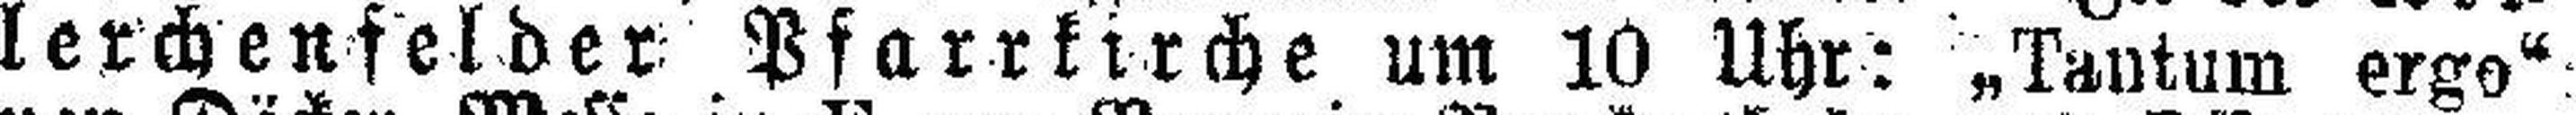
lerchenfelder Pfarrkirche um 10 Uhr: „Tantum ergo“: